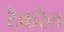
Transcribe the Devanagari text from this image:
टेकरेल